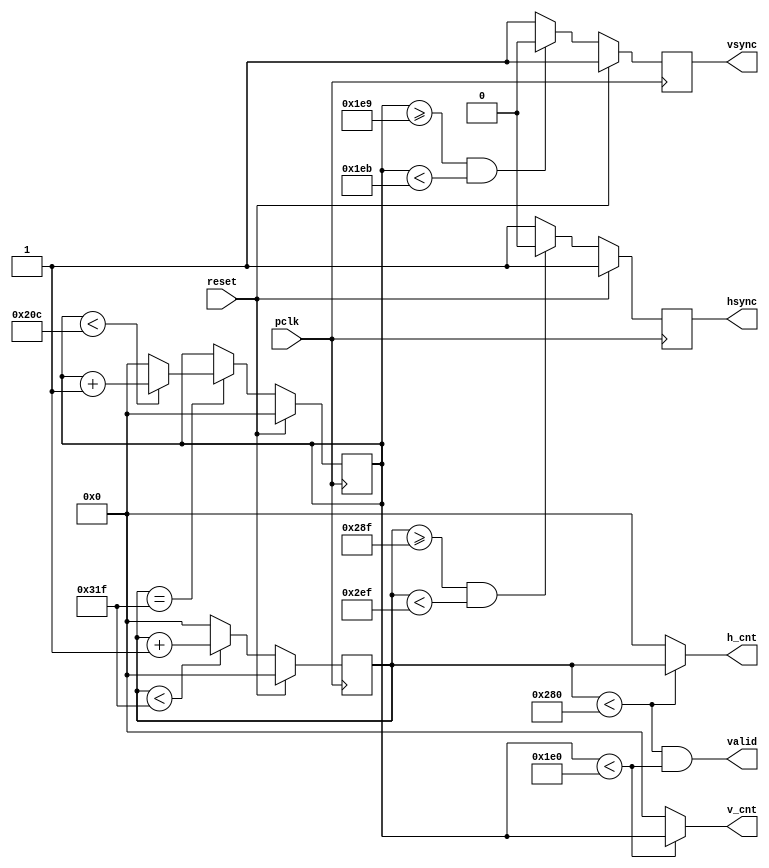
`timescale 1ns / 1ps
/////////////////////////////////////////////////////////////////
// Module Name: vga
/////////////////////////////////////////////////////////////////

module vga_controller (
  input wire pclk,reset,
  output wire hsync,vsync,valid,
  output wire [9:0]h_cnt,
  output wire [9:0]v_cnt
);
    
reg [9:0]pixel_cnt;
reg [9:0]line_cnt;
reg hsync_i,vsync_i;
wire hsync_default, vsync_default;
wire [9:0] HD, HF, HS, HB, HT, VD, VF, VS, VB, VT;
   
assign HD = 640; // Horizontal visiable area
assign HF = 16; // Horizontal front porch
assign HS = 96; // Horizontal sync pulse
assign HB = 48; // Horizonatl back porch
assign HT = 800;  // Horizontal whole line
assign VD = 480; // Vertical visiable area
assign VF = 10; // Vertical front porch
assign VS = 2; // Vertical sync pulse
assign VB = 33; // Vertical back porch
assign VT = 525; // Vertical whole line
assign hsync_default = 1'b1;
assign vsync_default = 1'b1;
     
// Horizontal counter
always@(posedge pclk)
  if(reset)
    pixel_cnt <= 0;
  else if(pixel_cnt < (HT - 1))
    pixel_cnt <= pixel_cnt + 1;
  else
    pixel_cnt <= 0;

// Generate Horizontal Sync Pulse
always@(posedge pclk)
  if(reset)
    hsync_i <= hsync_default;
  else if((pixel_cnt >= (HD + HF - 1))&&(pixel_cnt < (HD + HF + HS - 1)))
    hsync_i <= ~hsync_default;
  else
    hsync_i <= hsync_default; 

// Vertical scan line counter
always@(posedge pclk)
  if(reset)
    line_cnt <= 0;
  else if(pixel_cnt == (HT -1))
    if(line_cnt < (VT - 1))
      line_cnt <= line_cnt + 1;
    else
      line_cnt <= 0;
  else
      line_cnt <= line_cnt;

// Generate Vertical Sync Pulse
always@(posedge pclk)
  if(reset)
    vsync_i <= vsync_default; 
  else if((line_cnt >= (VD + VF - 1))&&(line_cnt < (VD + VF + VS - 1)))
    vsync_i <= ~vsync_default; 
  else
    vsync_i <= vsync_default; 

assign hsync = hsync_i;
assign vsync = vsync_i;
assign valid = ((pixel_cnt < HD) && (line_cnt < VD));

assign h_cnt = (pixel_cnt < HD) ? pixel_cnt:10'd0;
assign v_cnt = (line_cnt < VD) ? line_cnt:10'd0;

endmodule